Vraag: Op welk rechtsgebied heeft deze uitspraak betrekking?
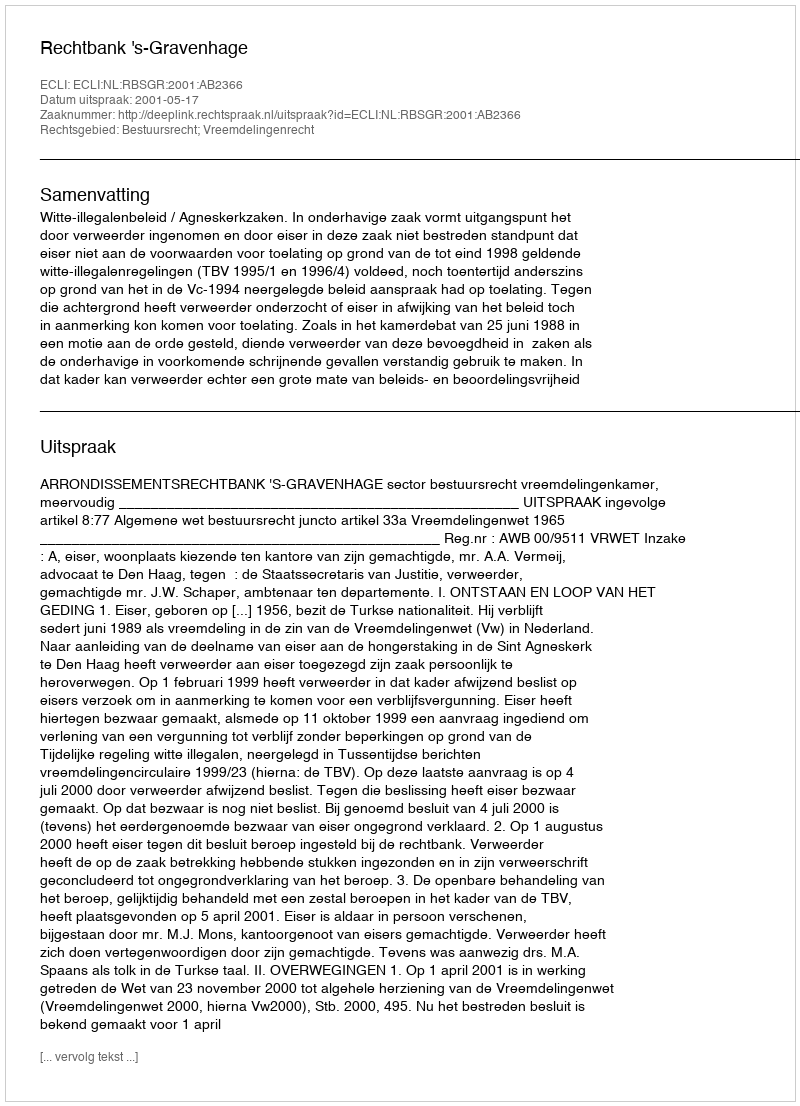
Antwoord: Bestuursrecht; Vreemdelingenrecht